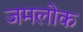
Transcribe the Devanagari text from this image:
जमलोक